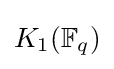
K_{1}(\mathbb {F} _{q})